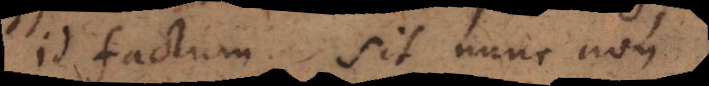
id factum sit nunc non